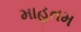
માહતમ